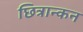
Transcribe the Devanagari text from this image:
छित्रान्कन